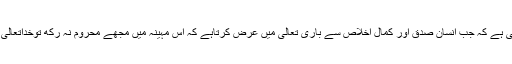
’’ میرے نزدیک اصل یہی ہے کہ جب انسان صدق اور کمال اخلاص سے باری تعالیٰ میں عرض کرتاہے کہ اس مہینہ میں مجھے محروم نہ رکھ توخداتعالیٰ اسے محروم نہیں رکھتا۔